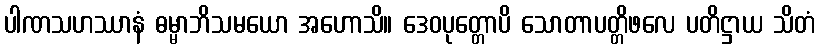
ပါဏသဟဿာနံ ဓမ္မာဘိသမယော အဟောသိ။ ဒေဝပုတ္တောပိ သောတာပတ္တိဖလေ ပတိဋ္ဌာယ သိတံ